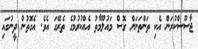
ޖާސޫސްކުރަން އެކި ތަންތަނަށް ގޮސް މައުލޫމާތު އެއްކުރުމުގެ ތެރޭގަ އެވެ. އެގޮތުން ދީނުގައި